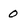
Character: 0